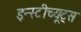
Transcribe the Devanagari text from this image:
इन्स्टीच्यूट्स